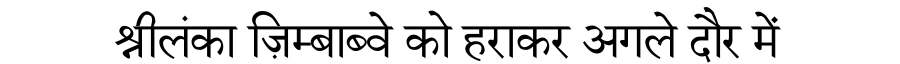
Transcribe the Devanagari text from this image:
श्रीलंका ज़िम्बाब्वे को हराकर अगले दौर में